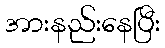
အားနည်းနေပြီး